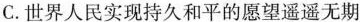
C.世界人民实现持久和平的愿望遥遥无期